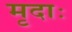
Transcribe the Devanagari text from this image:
मृदाः